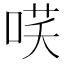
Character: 𭈎